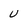
Character: u